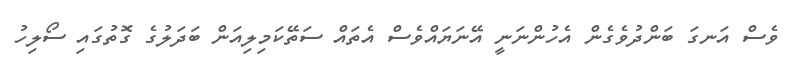
ވެސް އަނގަ ބަންދުވެގެން އެހުންނަނީ އޭނަޔައްވެސް އެތައް ސަތޭކަމިލިއަން ބަދަލުގެ ގޮތުގައި ސޯލިހު